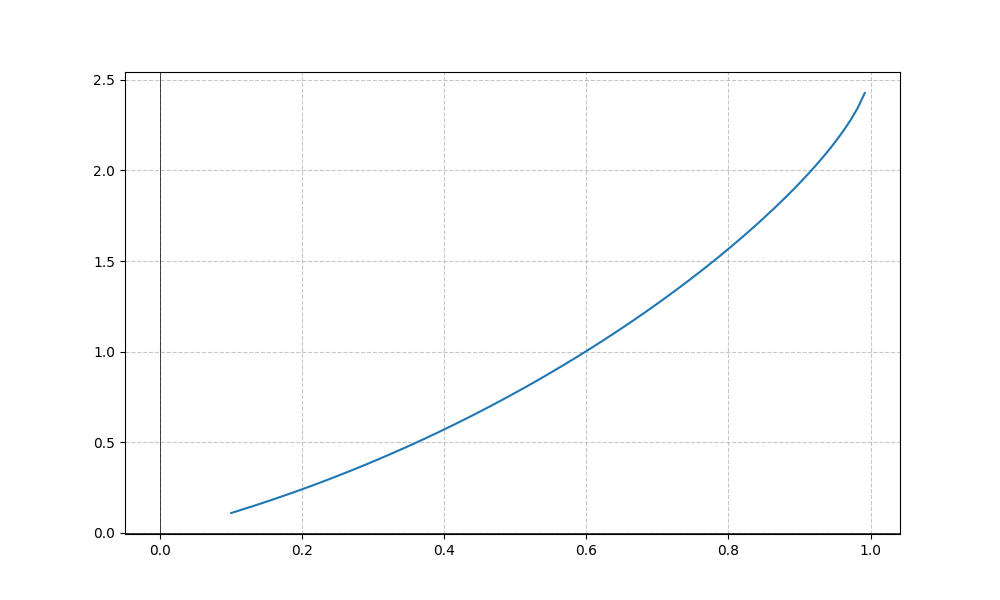
LaTeX formula: x^{2} + \operatorname{asin}{\left(x \right)}